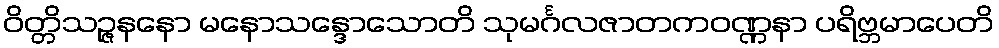
ဝိတ္တိသဉ္ဇနနော မနောသန္ဒောသောတိ သုမင်္ဂလဇာတကဝဏ္ဏနာ ပရိဗ္ဘမာပေတိ